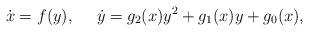
LaTeX: \begin{align*} \dot{x} = f(y),~~~~\dot{y} = g_2(x)y^2 + g_1(x)y + g_0(x),\end{align*}